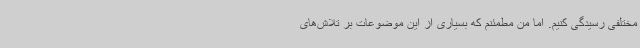
مختلفی رسیدگی کنیم. اما من مطمئنم که بسیاری از این موضوعات بر تلاش‌های